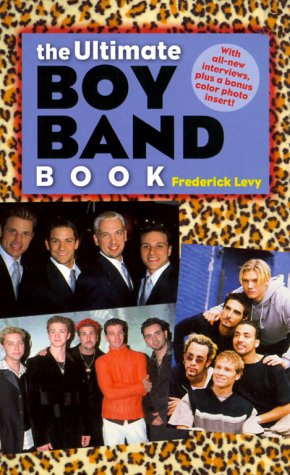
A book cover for The Ultimate Boy Band Book; Frederick Levy; Teen & Young Adult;